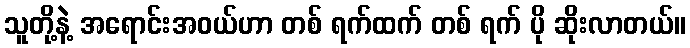
သူတို့နဲ့ အရောင်းအဝယ်ဟာ တစ် ရက်ထက် တစ် ရက် ပို ဆိုးလာတယ်။